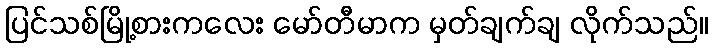
ပြင်သစ်မြို့စားကလေး မော်တီမာက မှတ်ချက်ချ လိုက်သည်။